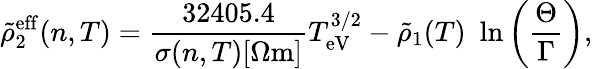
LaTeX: \tilde{\rho}_{2}^{\mathrm{eff}}(n,T)=\frac{32405.4}{\sigma(n,T)[\Omega\mathrm{m}]}T_{\mathrm{eV}}^{3/2}-\tilde{\rho}_{1}(T)\, \, \ln\left(\frac{\Theta}{\Gamma}\right),